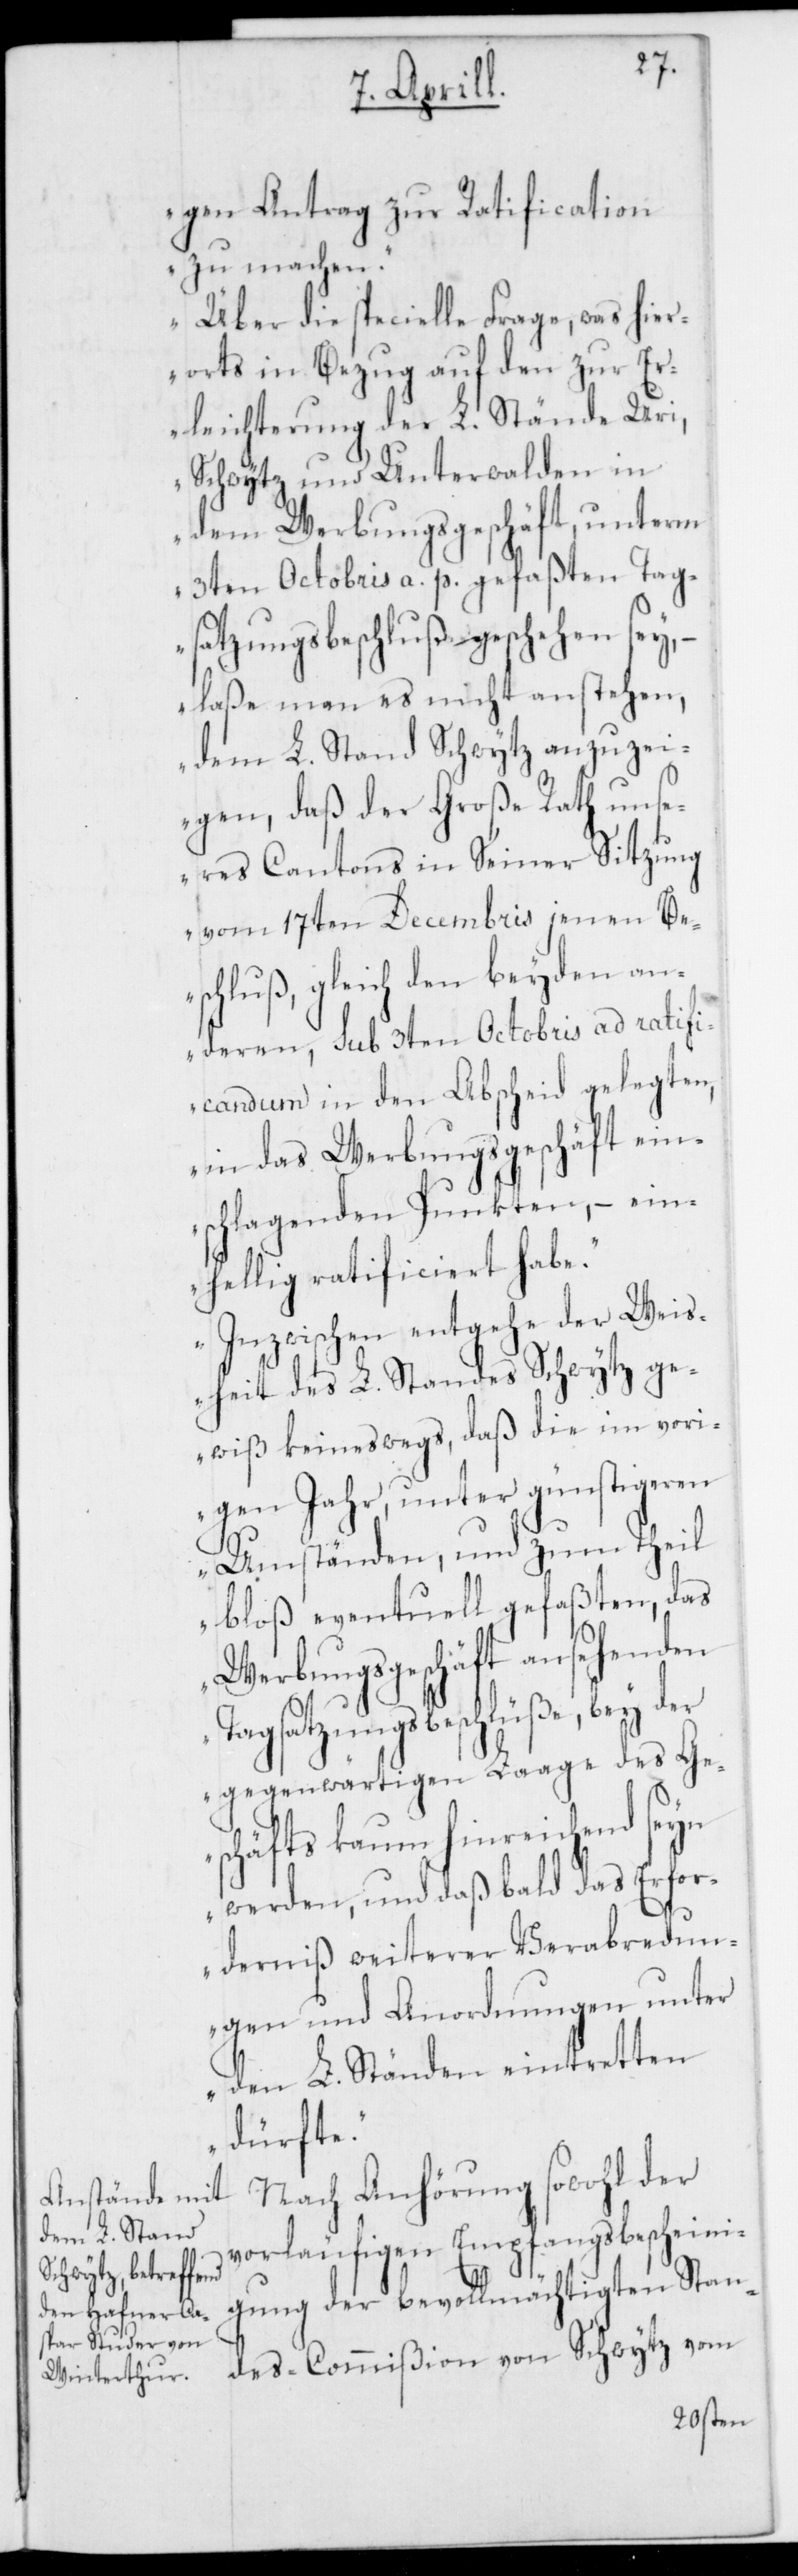
gen Antrag zur Ratification
zu machen.
Über die specielle Frage, was hier¬
orts in Bezug auf den zur Er¬
leichterung der L. Stände Uri,
Schwytz und Unterwalden in
dem Werbungsgeschäft, unterm
3ten Octobris a. p. gefaßten Tag¬
satzungsbeschlußes geschehen sey,
laße man es nicht anstehen,
dem L. Stand Schwytz anzuzei¬
gen, daß der Große Rath uns¬
eres Cantons in Seiner Sitzung
vom 17ten Decembris jenen Be¬
schluß, gleich den beyden an¬
deren, sub 3ten Octobris ad ratifi¬
candum in den Abscheid gelegten,
in das Werbungsgeschäft ein¬
schlagenden Punkten, – ein¬
hellig ratificiert habe.“
„Inzwischen entgehe der Weis¬
heit des L. Standes Schwytz ge¬
wiß keineswegs, daß die im vori¬
gen Jahr, unter günstigeren
Umständen und zum Theil
bloß eventuell gefaßten, das
Werbungsgeschäft ansehenden
Tagsatzungsbeschlüße, bey der
gegenwärtigen Lage des Ge¬
schäfts kaum hinreichend seyn
werden, und daß bald das Erfor¬
derniß weiterer Verabredun¬
gen und Anordnungen unter
den L. Ständen eintretten
dürfte“.
Nach Anhörung sowohl der
vorläufigen Empfangsbescheini¬
gung der bevollmächtigten Stan¬
des-Commißion von Schwytz vom